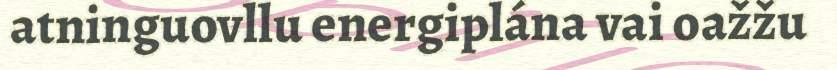
atninguovllu energiplána vai oažžu